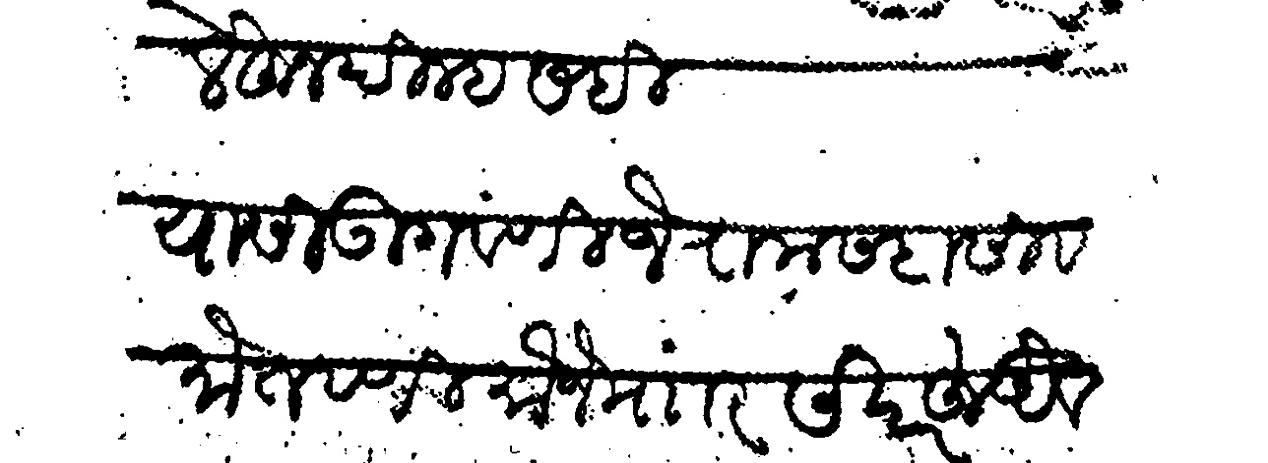
Transliteration (Devanagari): लेहून दिल्ह सही यासी उगवणी जैराम सदासिव मोतवणी मौजे माार सदरहू अैवज